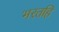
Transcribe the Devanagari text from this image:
भरतहि